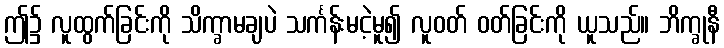
ဤ၌ လူထွက်ခြင်းကို သိက္ခာမချပဲ သင်္ကန်းမငဲ့မူ၍ လူဝတ် ဝတ်ခြင်းကို ယူသည်။ ဘိက္ခုနီ